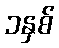
၁နှစ်